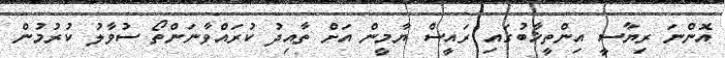
އޮންނަ ރިޔާސީ އިންތީޚާބުގައި ރައީސް ޔާމީން އަށް ތާއިދު ކުރައްވާނަންތޯ ސުވާލު ކުރުމުން